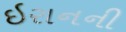
ઇરાનની